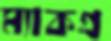
ম্যাকগ্র